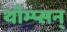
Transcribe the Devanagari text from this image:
थाँम्प्सन्